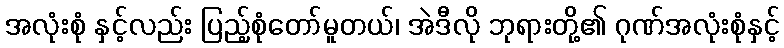
အလုံးစုံ နှင့်လည်း ပြည့်စုံတော်မူတယ်၊ အဲဒီလို ဘုရားတို့၏ ဂုဏ်အလုံးစုံနှင့်